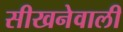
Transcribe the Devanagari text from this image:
सीखनेवाली